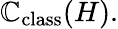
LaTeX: \mathbb{C}_{\mathrm{class}}(H).